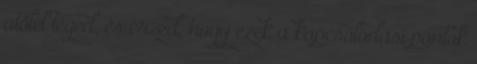
átölel téged, és érzed, hogy ezek a kapcsolódási pontok